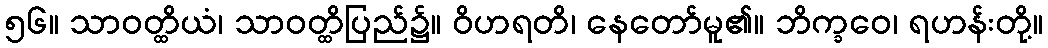
၅၆။ သာဝတ္ထိယံ၊ သာဝတ္ထိပြည်၌။ ဝိဟရတိ၊ နေတော်မူ၏။ ဘိက္ခဝေ၊ ရဟန်းတို့။